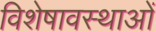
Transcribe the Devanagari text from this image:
विशेषावस्थाओं